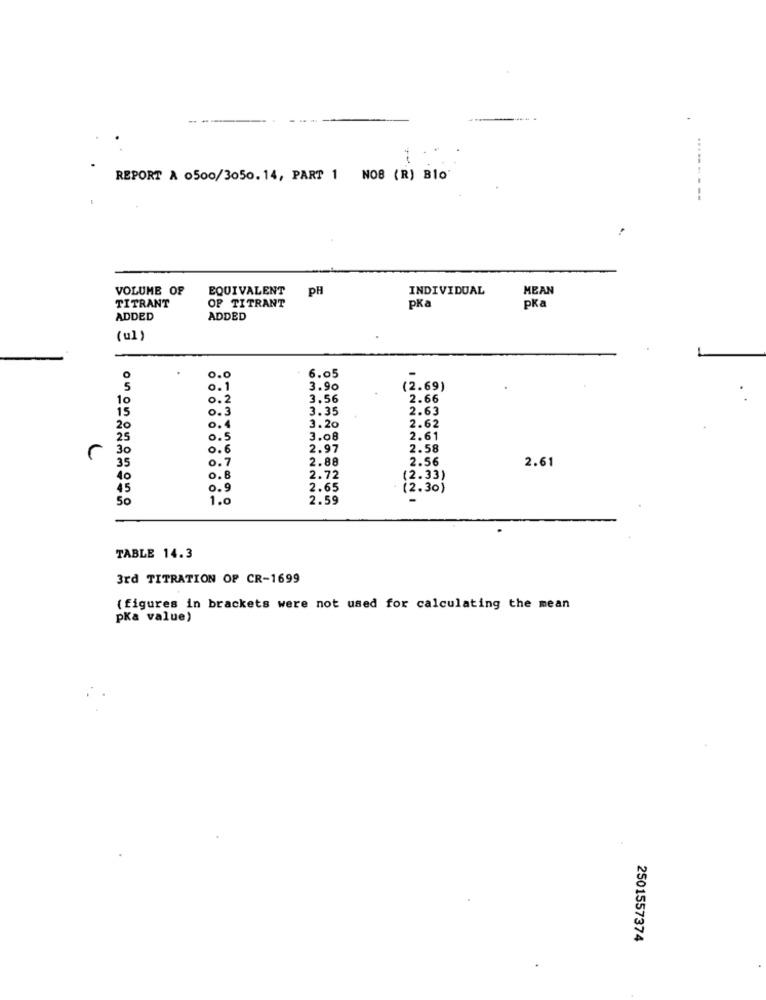
REPORT A 0500/3050.14, PART 1 NO8 (R) Blo
----- ---
VOLUME OF
EQUIVALENT
PH
INDIVIDUAL
MEAN
OF TITRANT
TITRANT
pKa
pka
ADDED
ADDED
(ul )
.
0.0
6.05
0.1
3.90
(2.69)
10
0 . 2
3.56
2.66
0.3
3.35
2.63
is
20
0.4
3.20
2.62
25
0.5
3.08
2.61
30
0 .6
2.97
2.58
0.7
2.88
2.56
2.61
35
40
0.8
2.72
(2.33)
45
0.9
2.65
(2.30)
50
1.0
2.59
TABLE 14.3
3rd TITRATION OF CR-1699
(figures in brackets were not used for calculating the mean
pKa value)
2501557374